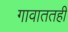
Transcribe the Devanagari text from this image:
गावाततही